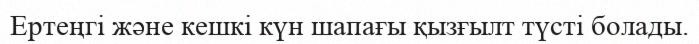
Ертеңгі және кешкі күн шапағы қызғылт түсті болады.